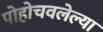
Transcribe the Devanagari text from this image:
पोहोचवलेल्या